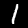
Label: 1